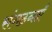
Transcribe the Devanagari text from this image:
संगठनाएँ